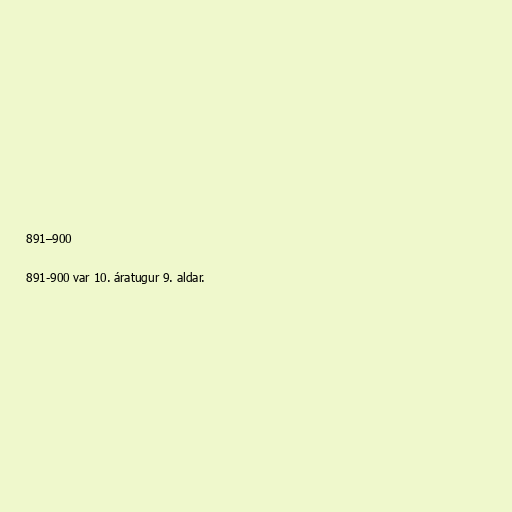
891–900

891-900 var 10. áratugur 9. aldar.